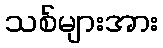
သစ်များအား